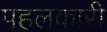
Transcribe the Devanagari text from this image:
पहलकारी